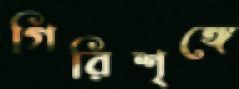
গিরিশৃঙ্গে